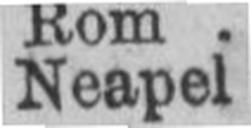
Neapel